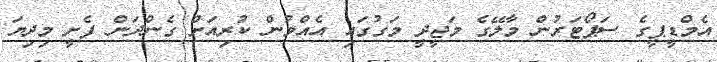
އެމްޑީޕީގެ ސަޕޯޓަރުން މާލޭގެ މަޖީދީ މަގުގައި އެއްވުން ކުރިއަށް ގެންދަން ފެށީ މިދިޔަ